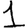
Digit: 1